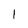
Character: 1